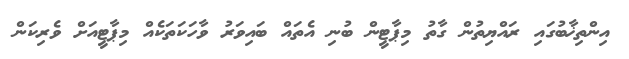
އިންތިޚާބުގައި ރައްޔިތުން ގާތު މިޕާޓީން ބުނި އެތައް ބައިވަރު ވާހަކަތަކެއް މިޕާޓީއަށް ވެރިކަން